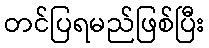
တင်ပြရမည်ဖြစ်ပြီး